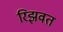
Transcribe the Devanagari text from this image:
रिझवत